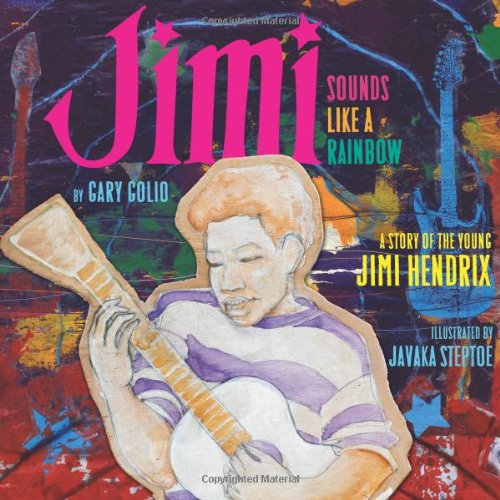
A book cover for Jimi: Sounds Like a Rainbow: A Story of the Young Jimi Hendrix; Gary Golio; Children's Books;